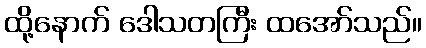
ထို့နောက် ဒေါသတကြီး ထအော်သည်။